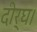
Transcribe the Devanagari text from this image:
दीर्घ।